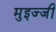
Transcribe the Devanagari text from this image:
मुइज्जी